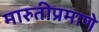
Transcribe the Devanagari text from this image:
मारुतीप्रमाणे